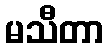
မသီတာ